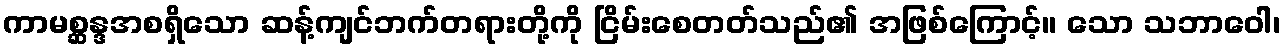
ကာမစ္ဆန္ဒအစရှိသော ဆန့်ကျင်ဘက်တရားတို့ကို ငြိမ်းစေတတ်သည်၏ အဖြစ်ကြောင့်။ သော သဘာဝေါ၊